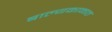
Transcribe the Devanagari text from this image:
बाल्यकाळात